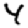
Digit: 4